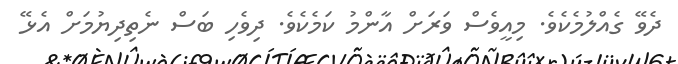
ދެވޭ ގެއްލުމެކެވެ. މިއީވެސް ވަރަށް އާންމު ކަމެކެވެ. ދިވެހި ބަސް ނެތިދިޔުމަށް އެޅޭ